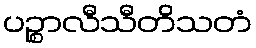
ပဉ္စာလီသီတိသတံ